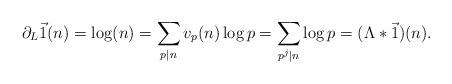
LaTeX: \begin{align*} \partial_L \vec{1}(n) = \log(n) = \sum_{p|n} v_p(n)\log p = \sum_{p^j | n} \log p = (\Lambda * \vec{1})(n).\end{align*}